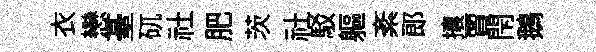
衣戀䑓矹社肥茨社駁軀紊郞攘賈閇鵝